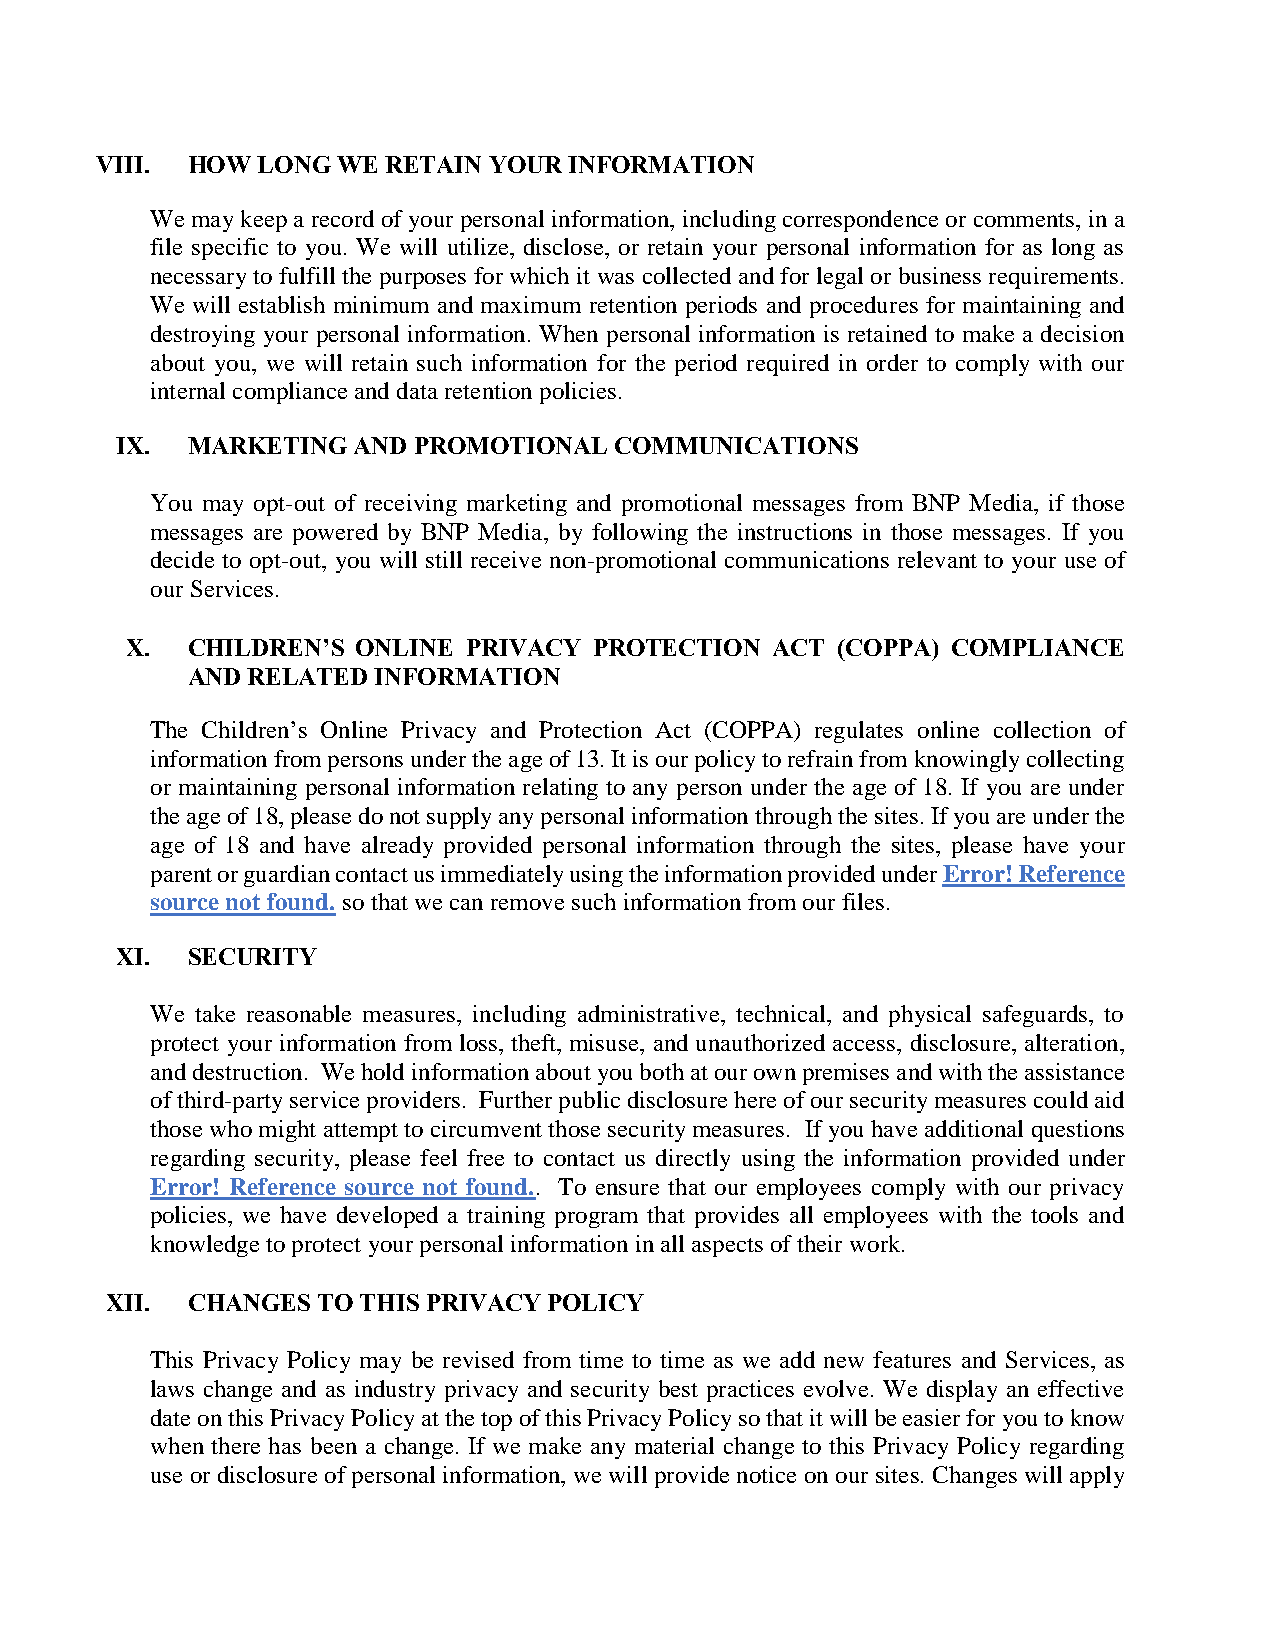
VIII. HOW  LONG WE  RETAIN YOUR INFORMATION
 We may keep a record of your personal information, including correspondence or comments, in a
 file specific to you. We will utilize, disclose, or retain your personal information for as long as
 necessary to fulfill the purposes for which it was collected and for legal or business requirements.
 We will establish minimum and maximum retention periods and procedures for maintaining and
 destroying your personal information. When personal information is retained to make a decision
 about you, we will retain such information for the period required in order to comply with our
 internal compliance and data retention policies.
 IX. MARKETING  AND PROMOTIONAL   COMMUNICATIONS
 You may opt-out of receiving marketing and promotional messages from BNP Media, if those
 messages are powered by BNP Media, by following the instructions in those messages. If you
 decide to opt-out, you will still receive non-promotional communications relevant to your use of
 our Services.
 X.  CHILDREN’S  ONLINE PRIVACY PROTECTION  ACT (COPPA) COMPLIANCE
 AND RELATED  INFORMATION
 The Children’s Online Privacy and Protection Act (COPPA) regulates online collection of
 information from persons under the age of 13. It is our policy to refrain from knowingly collecting
 or maintaining personal information relating to any person under the age of 18. If you are under
 the age of 18, please do not supply any personal information through the sites. If you are under the
 age of 18 and have already provided personal information through the sites, please have your
 parent or guardian contact us immediately using the information provided under Error! Reference
 source not found. so that we can remove such information from our files.
 XI. SECURITY
 We take reasonable measures, including administrative, technical, and physical safeguards, to
 protect your information from loss, theft, misuse, and unauthorized access, disclosure, alteration,
 and destruction. We hold information about you both at our own premises and with the assistance
 of third-party service providers. Further public disclosure here of our security measures could aid
 those who might attempt to circumvent those security measures. If you have additional questions
 regarding security, please feel free to contact us directly using the information provided under
 Error! Reference source not found.. To ensure that our employees comply with our privacy
 policies, we have developed a training program that provides all employees with the tools and
 knowledge to protect your personal information in all aspects of their work.
 XII. CHANGES  TO THIS PRIVACY POLICY
 This Privacy Policy may be revised from time to time as we add new features and Services, as
 laws change and as industry privacy and security best practices evolve. We display an effective
 date on this Privacy Policy at the top of this Privacy Policy so that it will be easier for you to know
 when there has been a change. If we make any material change to this Privacy Policy regarding
 use or disclosure of personal information, we will provide notice on our sites. Changes will apply